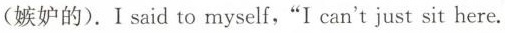
(嫉妒的).Isaid to myself,"I can't just sit here.